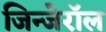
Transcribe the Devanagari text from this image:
जिन्जेरॉल